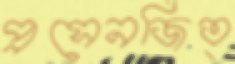
প্রসেনজিত্